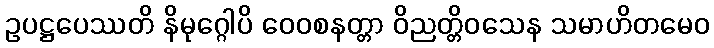
ဥပဋ္ဌပေဿတိ နိမုဂ္ဂေါပိ ဝေဝစနတ္တာ ဝိညတ္တိဝသေန သမာဟိတမေဝ